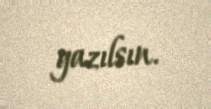
yazılsın.